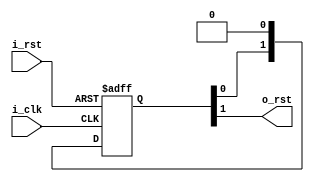
module reset_sync (
`ifdef USE_POWER_PINS
    inout vccd1,
    inout vssd1,
`endif

    input i_rst,
    output o_rst,
    input i_clk
);

assign o_rst = reset_sync_ff[1];
reg [1:0] reset_sync_ff;
always @(posedge i_clk or posedge i_rst) begin
    if (i_rst) begin
        reset_sync_ff[0] <= 1'b1;
        reset_sync_ff[1] <= 1'b1;
    end else begin
        reset_sync_ff[0] <= 1'b0;
        reset_sync_ff[1] <= reset_sync_ff[0];
    end
end

endmodule